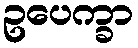
ဥပေက္ခာ